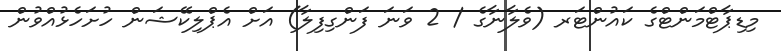
މިޑިޕާޓްމަންޓްގެ ކައުންޓަރ (ވެލާނާގެ / 2 ވަނަ ފަންގިފިލާ) އަށް އެޕްލިކޭޝަން ހުށަހެޅުއްވުން